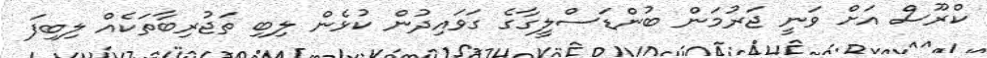
ކްރޫސް އަށް ވަނީ ޖަރުމަން ބުންޑަސްލީގާގެ ގަވައިދުން ކުޅެން ލިބި ތަޖުރިބާތަކެއް ލިބިފަ